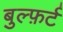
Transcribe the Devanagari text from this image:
बुल्फ़र्ट